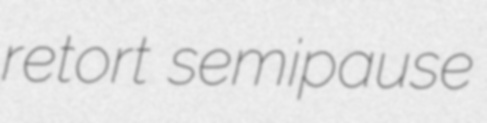
retort semipause